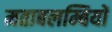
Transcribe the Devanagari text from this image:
मताबलम्बियों